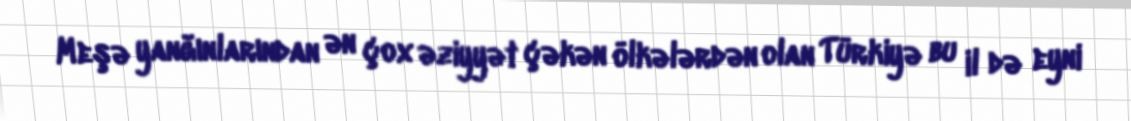
Meşə yanğınlarından ən çox əziyyət çəkən ölkələrdən olan Türkiyə bu il də eyni